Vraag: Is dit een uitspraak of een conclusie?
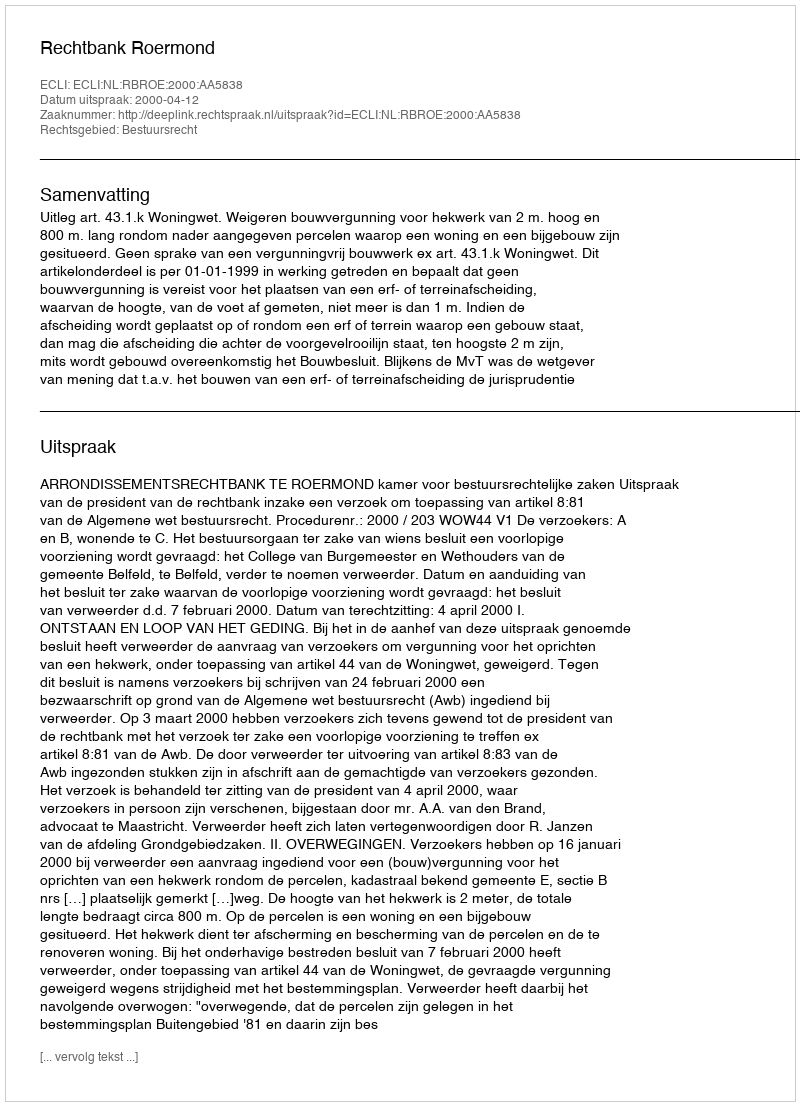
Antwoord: Uitspraak